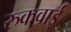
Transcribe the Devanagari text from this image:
रुकवाई